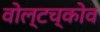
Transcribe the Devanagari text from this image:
वोल्टच्कोव